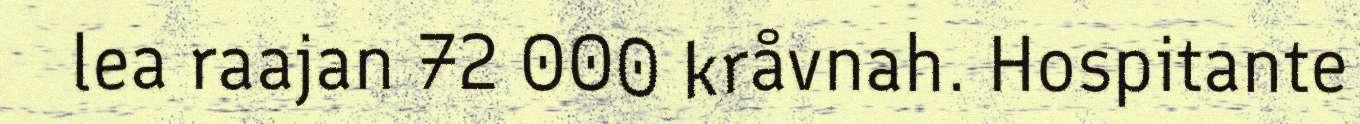
lea raajan 72 000 kråvnah. Hospitante